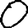
Digit: 0